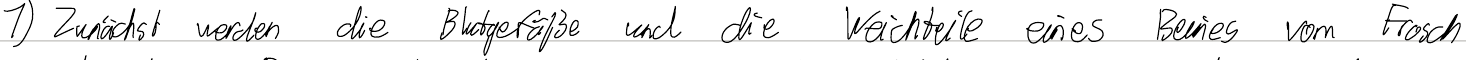
1) Zunächst werden die Blutgefäße und die Weichteile eines Beines vom Frosch